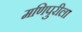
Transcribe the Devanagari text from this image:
मणिपुरीला